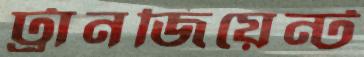
ট্রানজিয়েন্ট